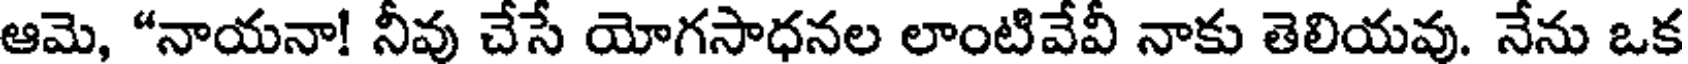
ఆమె, "నాయనా! నీవు చేసే యోగసాధనల లాంటివేవీ నాకు తెలియవు. నేను ఒక